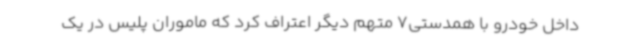
داخل خودرو با همدستی7 متهم دیگر اعتراف کرد که ماموران پلیس در یک